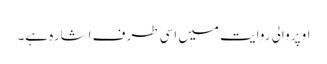
اوپر والی روایت میں اسی طرف اشارہ ہے۔